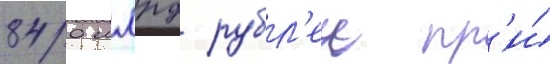
840 млрд рубл'еи пр'и́